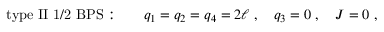
\mathrm { t y p e ~ I I ~ 1 / 2 ~ B P S : } \qquad q _ { 1 } = q _ { 2 } = q _ { 4 } = 2 \ell \; , \quad q _ { 3 } = 0 \; , \quad J = 0 \; ,